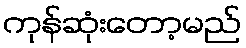
ကုန်ဆုံးတော့မည်